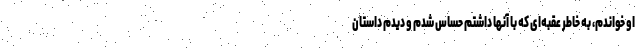
او خواندم، به خاطر عقبه‌ای که با آنها داشتم حساس شدم و دیدم داستان